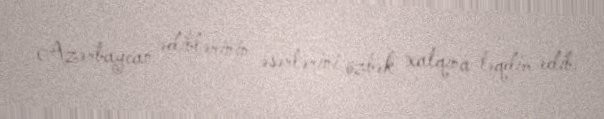
Azərbaycan ədiblərinin əsərlərini özbək xalqına təqdim edib.